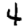
Digit: 4